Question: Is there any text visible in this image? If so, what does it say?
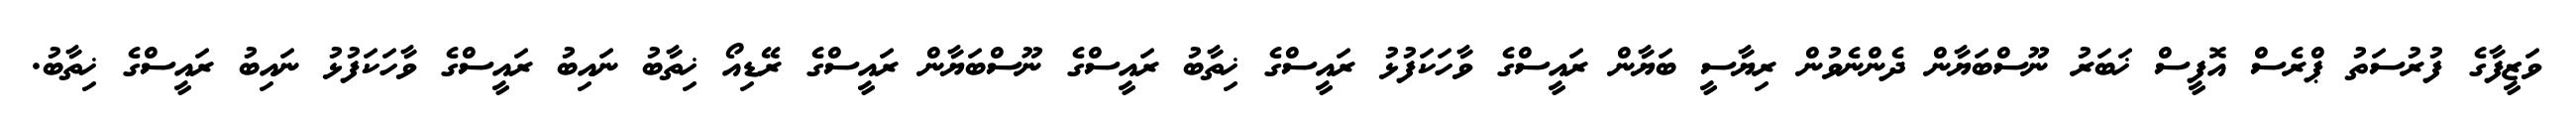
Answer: ވަޒީފާގެ ފުރުސަތު ޕްރެސް އޮފީސް ޚަބަރު ނޫސްބަޔާން ދެންނެވުން ރިޔާސީ ބަޔާން ރައީސްގެ ވާހަކަފުޅު ރައީސްގެ ޚިތާބު ރައީސްގެ ނޫސްބަޔާން ރައީސްގެ ރޭޑިއޯ ޚިތާބު ނައިބު ރައީސްގެ ވާހަކަފުޅު ނައިބު ރައީސްގެ ޚިތާބު.